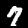
Digit: 7